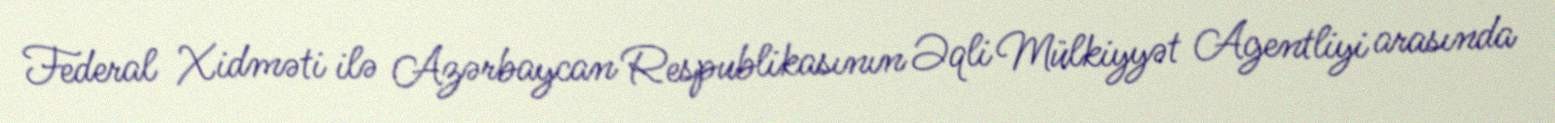
Federal Xidməti ilə Azərbaycan Respublikasının Əqli Mülkiyyət Agentliyi arasında